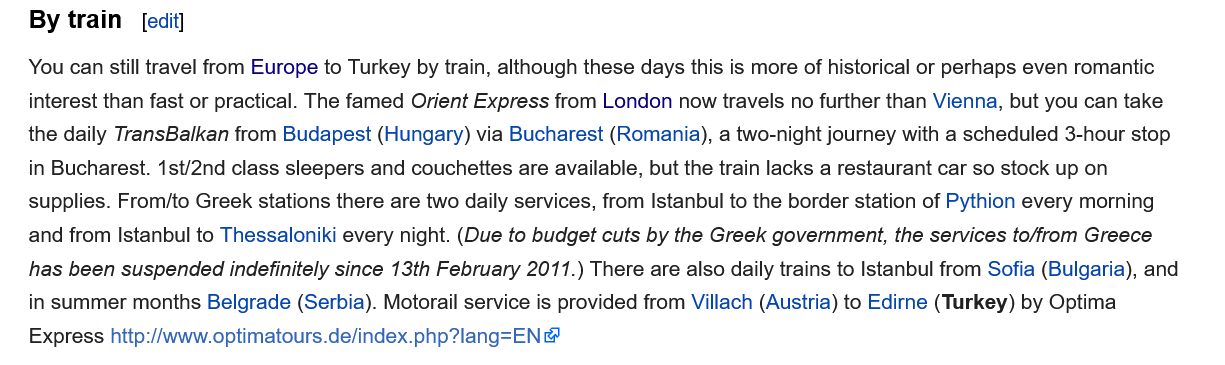
By  train
   You can still travel from Europe to Turkey by train, although these days this is more of historical or perhaps even romantic
   interest than fast or practical. The famed Orient Express from London now travels no further than Vienna, but you can take
   the daily TransBalkan from Budapest (Hungary) via Bucharest (Romania), a two-night journey with a scheduled 3-hour stop
   in Bucharest. 1st/2nd class sleepers and couchettes are available, but the train lacks a restaurant car so stock up on
   supplies. From/to Greek stations there are two daily services, from Istanbul to the border station of Pythion every morning
   and from Istanbul to Thessaloniki every night. (Due to budget cuts by the Greek government, the services to/from Greece
   has been suspended indefinitely since 13th February 2011.) There are also daily trains to Istanbul from Sofia (Bulgaria), and
   in summer months Belgrade (Serbia). Motorail service is provided from Villach (Austria) to Edirne (Turkey) by Optima
   Express http://www.optimatours.de/index.php?lang=EN &